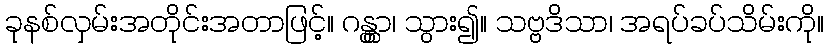
ခုနစ်လှမ်းအတိုင်းအတာဖြင့်။ ဂန္တွာ၊ သွား၍။ သဗ္ဗဒိသာ၊ အရပ်ခပ်သိမ်းကို။